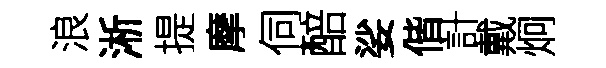
浪淅提摩伺醅娑偕計戴炯